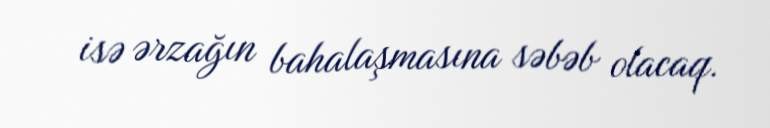
isə ərzağın bahalaşmasına səbəb olacaq.